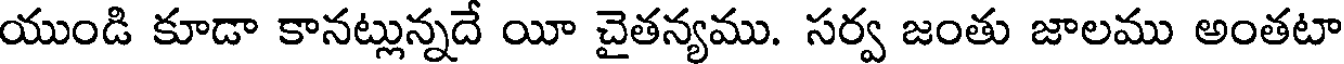
యుండి కూడా కానట్లున్నదే యీ చైతన్యము. సర్వ జంతు జాలము అంతటా